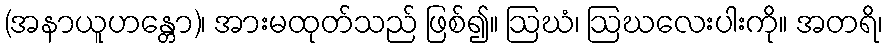
(အနာယူဟန္တော)၊ အားမထုတ်သည် ဖြစ်၍။ ဩဃံ၊ ဩဃလေးပါးကို။ အတရိ၊